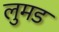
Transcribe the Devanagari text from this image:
लुमड